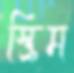
স্ক্রিম